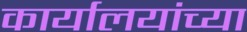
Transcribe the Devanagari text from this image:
कार्यालयांच्या